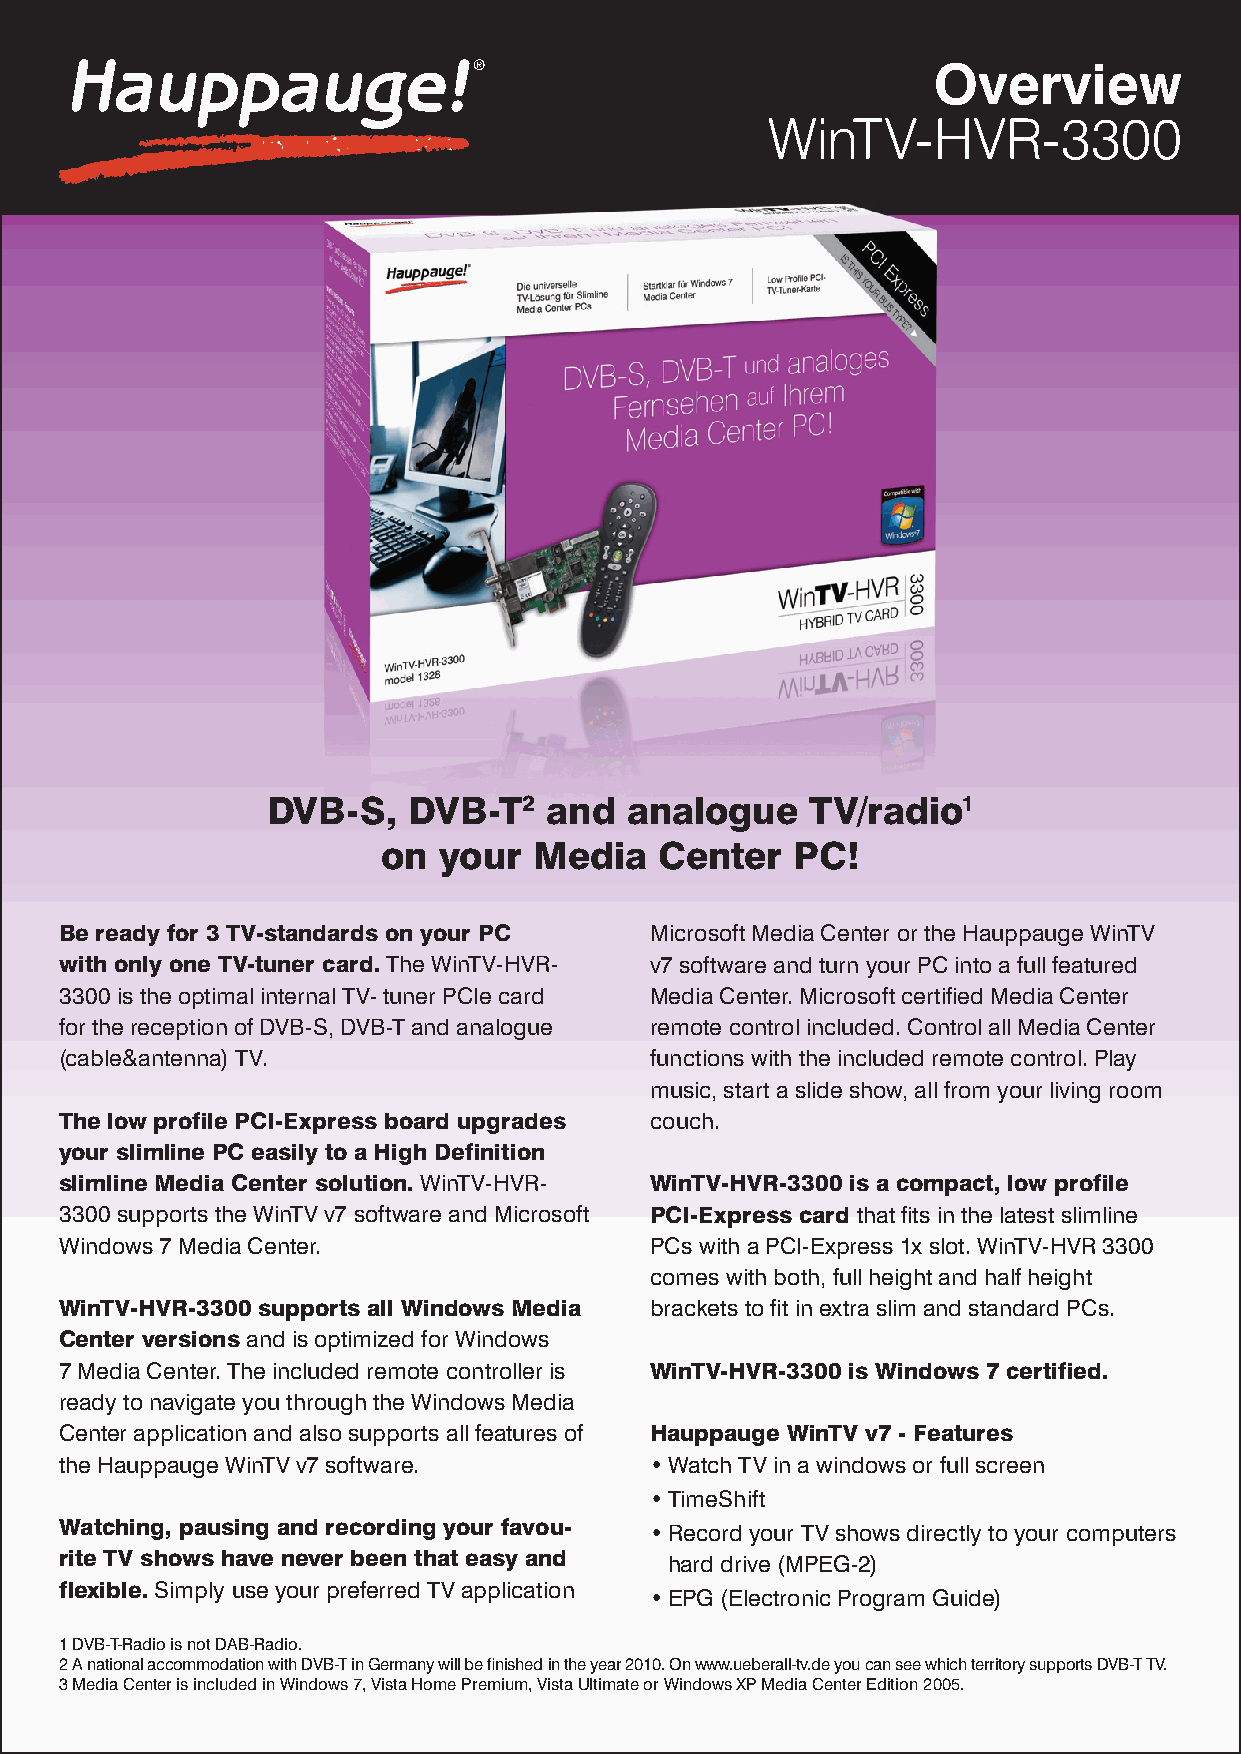
Overview
 WinTV-HVR-3300
 DVB-S,   DVB-T2   and  analogue     TV/radio1
 on  your  Media    Center   PC!
 Be ready for 3 TV-standards on your PC Microsoft Media Center or the Hauppauge WinTV
 with only one TV-tuner card. The WinTV-HVR- v7 software and turn your PC into a full featured
 3300 is the optimal internal TV- tuner PCIe card Media Center. Microsoft certified Media Center
 for the reception of DVB-S, DVB-T and analogue remote control included. Control all Media Center
 (cable&antenna) TV.                    functions with the included remote control. Play
 music, start a slide show, all from your living room
 The low profile PCI-Express board upgrades couch.
 your slimline PC easily to a High Definition
 slimline Media Center solution. WinTV-HVR- WinTV-HVR-3300 is a compact, low profile
 3300 supports the WinTV v7 software and Microsoft PCI-Express card that fits in the latest slimline
 Windows 7 Media Center.                PCs with a PCI-Express 1x slot. WinTV-HVR 3300
 comes with both, full height and half height
 WinTV-HVR-3300 supports all Windows Media brackets to fit in extra slim and standard PCs.
 Center versions and is optimized for Windows
 7 Media Center. The included remote controller is WinTV-HVR-3300 is Windows 7 certified.
 ready to navigate you through the Windows Media
 Center application and also supports all features of Hauppauge WinTV v7 - Features
 the Hauppauge WinTV v7 software.       • Watch TV in a windows or full screen
 • TimeShift
 Watching, pausing and recording your favou- • Record your TV shows directly to your computers
 rite TV shows have never been that easy and hard drive (MPEG-2)
 flexible. Simply use your preferred TV application
 • EPG (Electronic Program Guide)
 1 DVB-T-Radio is not DAB-Radio.
 2 A national accommodation with DVB-T in Germany will be finished in the year 2010. On www.ueberall-tv.de you can see which territory supports DVB-T TV.
 3 Media Center is included in Windows 7, Vista Home Premium, Vista Ultimate or Windows XP Media Center Edition 2005.